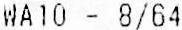
WA10 - 8/64